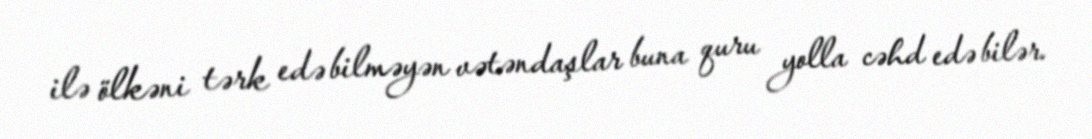
ilə ölkəni tərk edə bilməyən vətəndaşlar buna quru yolla cəhd edə bilər.